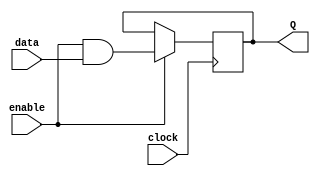
module Data_enable_latch (
    input data,
    input enable,
    input clock,
    output reg Q
);

reg D;

assign D = enable & data;

always @(posedge clock) begin
    if(enable) begin
        Q <= D;
    end
end

endmodule